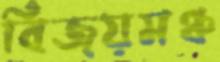
বিজয়মঞ্চ